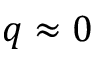
q \approx 0